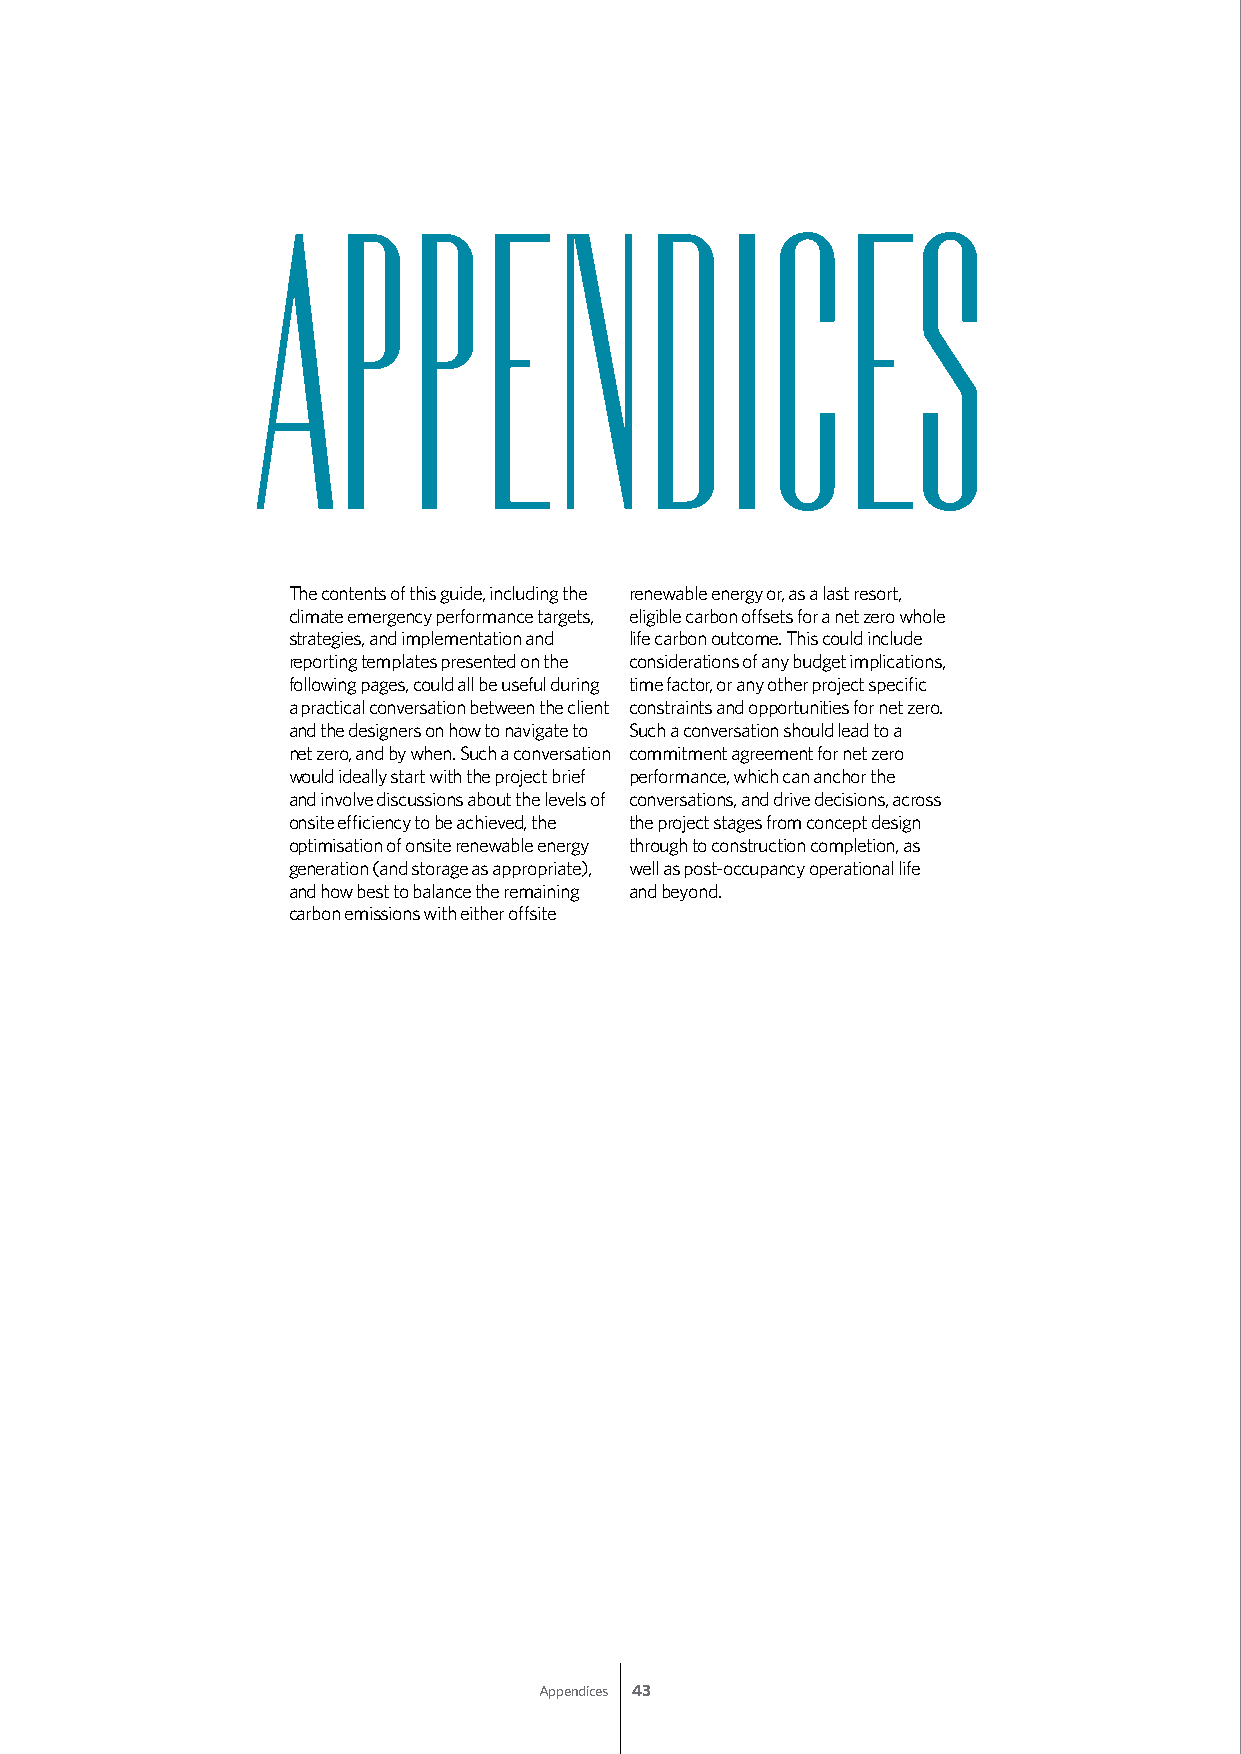
APPENDICES
 The contents of this guide, including the renewable energy or, as a last resort,
 climate emergency performance targets, eligible carbon offsets for a net zero whole
 strategies, and implementation and life carbon outcome. This could include
 reporting templates presented on the considerations of any budget implications,
 following pages, could all be useful during time factor, or any other project specific
 a practical conversation between the client constraints and opportunities for net zero.
 and the designers on how to navigate to Such a conversation should lead to a
 net zero, and by when. Such a conversation commitment agreement for net zero
 would ideally start with the project brief performance, which can anchor the
 and involve discussions about the levels of conversations, and drive decisions, across
 onsite efficiency to be achieved, the the project stages from concept design
 optimisation of onsite renewable energy through to construction completion, as
 generation (and storage as appropriate), well as post-occupancy operational life
 and how best to balance the remaining and beyond.
 carbon emissions with either offsite
 Appendices 43